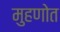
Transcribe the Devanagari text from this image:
मुहणोत